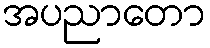
အပညာတော